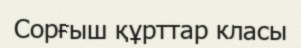
Сорғыш құрттар класы